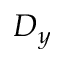
D _ { y }